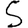
Digit: 5